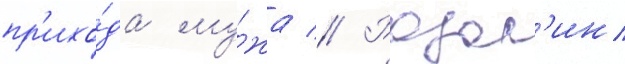
пр'ихо́да му́жа // Розал'ин